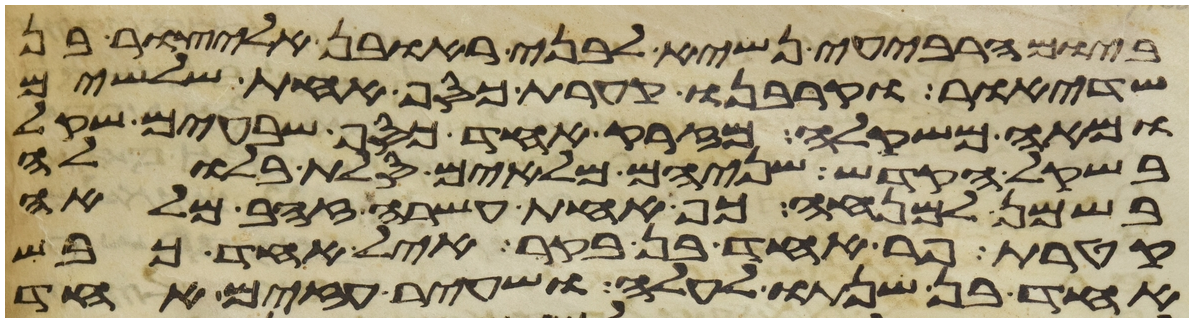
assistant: ביום הרביעי נשיא לבני ראובן אליצור בן
שדיאור וקרבנו קערת כסף אחת שלשים
ומאה משקלה מזרק אחד כסף שבעים שקל
בשקל הקדש שניהם מלאים סלת בלולה
בשמן למנחה כף אחת עשרה זהב מלאה
קטרת פר אחד בן בקר איל אחד כבש
אחד בן שנתו לעלה ושעיר עזים אחד